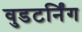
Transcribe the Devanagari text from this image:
वुडटर्निंग